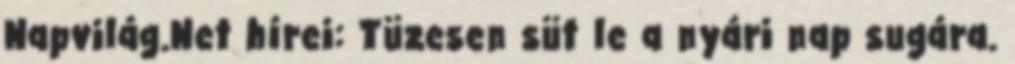
Napvilág.Net hírei: Tüzesen süt le a nyári nap sugára.